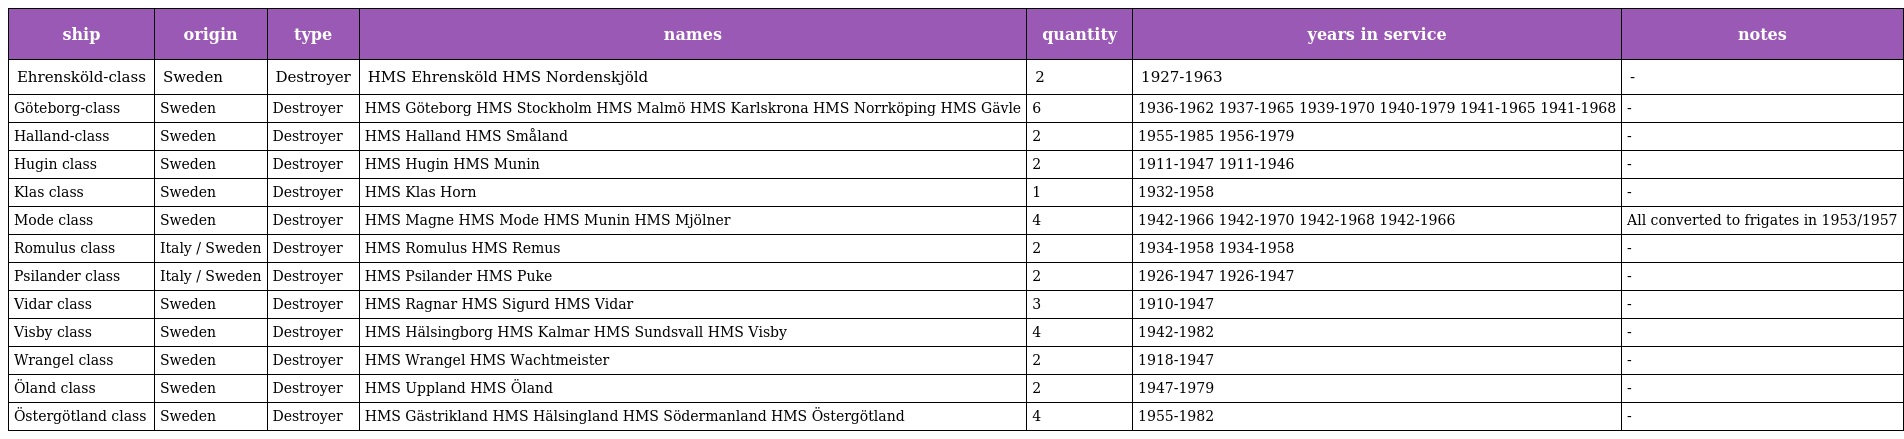
| ship | origin | type | names | quantity | years in service | notes |
 | --- | --- | --- | --- | --- | --- | --- |
 | Ehrensköld-class | Sweden | Destroyer | HMS Ehrensköld HMS Nordenskjöld | 2 | 1927-1963 | - |
 | Göteborg-class | Sweden | Destroyer | HMS Göteborg HMS Stockholm HMS Malmö HMS Karlskrona HMS Norrköping HMS Gävle | 6 | 1936-1962 1937-1965 1939-1970 1940-1979 1941-1965 1941-1968 | - |
 | Halland-class | Sweden | Destroyer | HMS Halland HMS Småland | 2 | 1955-1985 1956-1979 | - |
 | Hugin class | Sweden | Destroyer | HMS Hugin HMS Munin | 2 | 1911-1947 1911-1946 | - |
 | Klas class | Sweden | Destroyer | HMS Klas Horn | 1 | 1932-1958 | - |
 | Mode class | Sweden | Destroyer | HMS Magne HMS Mode HMS Munin HMS Mjölner | 4 | 1942-1966 1942-1970 1942-1968 1942-1966 | All converted to frigates in 1953/1957 |
 | Romulus class | Italy / Sweden | Destroyer | HMS Romulus HMS Remus | 2 | 1934-1958 1934-1958 | - |
 | Psilander class | Italy / Sweden | Destroyer | HMS Psilander HMS Puke | 2 | 1926-1947 1926-1947 | - |
 | Vidar class | Sweden | Destroyer | HMS Ragnar HMS Sigurd HMS Vidar | 3 | 1910-1947 | - |
 | Visby class | Sweden | Destroyer | HMS Hälsingborg HMS Kalmar HMS Sundsvall HMS Visby | 4 | 1942-1982 | - |
 | Wrangel class | Sweden | Destroyer | HMS Wrangel HMS Wachtmeister | 2 | 1918-1947 | - |
 | Öland class | Sweden | Destroyer | HMS Uppland HMS Öland | 2 | 1947-1979 | - |
 | Östergötland class | Sweden | Destroyer | HMS Gästrikland HMS Hälsingland HMS Södermanland HMS Östergötland | 4 | 1955-1982 | - |